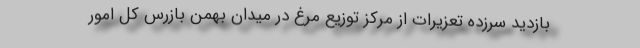
بازدید سرزده تعزیرات از مرکز توزیع مرغ در میدان بهمن بازرس کل امور